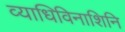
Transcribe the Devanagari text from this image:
व्याधिविनाशिनि